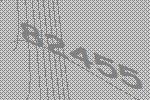
82455